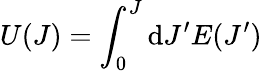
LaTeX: U(J)=\int_{0}^{J}\mathrm{d}J^{\prime}E(J^{\prime})